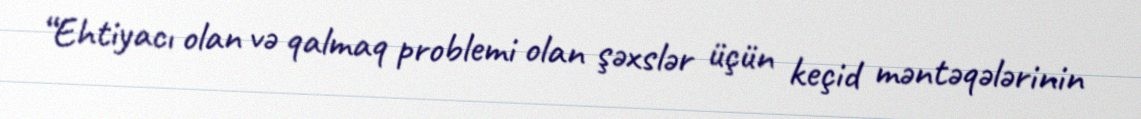
“Ehtiyacı olan və qalmaq problemi olan şəxslər üçün keçid məntəqələrinin